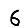
Digit: 6